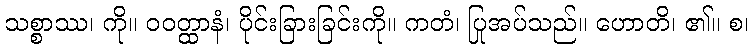
သစ္စာဿ၊ ကို။ ဝဝတ္ထာနံ၊ ပိုင်းခြားခြင်းကို။ ကတံ၊ ပြုအပ်သည်။ ဟောတိ၊ ၏။ စ၊